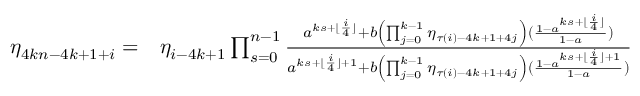
\begin{array} { r l } { \eta _ { 4 k n - 4 k + 1 + i } = } & { \eta _ { i - 4 k + 1 } \prod _ { s = 0 } ^ { n - 1 } \frac { a ^ { k s + \lfloor \frac { i } { 4 } \rfloor } + b \left( \prod _ { j = 0 } ^ { k - 1 } { \eta _ { \tau ( i ) - 4 k + 1 + 4 j } } \right) ( \frac { 1 - a ^ { k s + \lfloor \frac { i } { 4 } \rfloor } } { 1 - a } ) } { a ^ { k s + \lfloor \frac { i } { 4 } \rfloor + 1 } + b \left( \prod _ { j = 0 } ^ { k - 1 } { \eta _ { \tau ( i ) - 4 k + 1 + 4 j } } \right) ( \frac { 1 - a ^ { k s + \lfloor \frac { i } { 4 } \rfloor + 1 } } { 1 - a } ) } } \end{array}